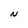
Character: N